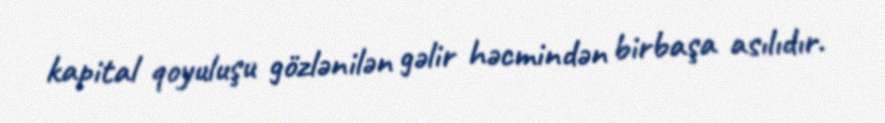
kapital qoyuluşu gözlənilən gəlir həcmindən birbaşa asılıdır.